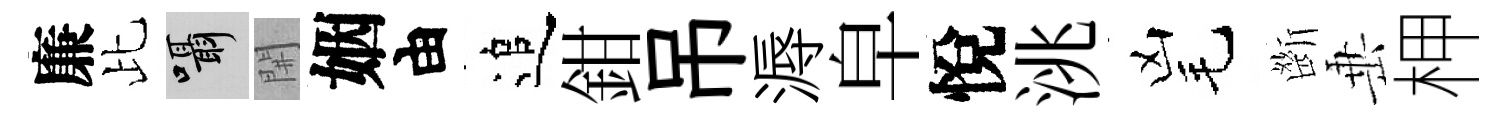
廉比囁𨳩姻由追鉗吊溽皁悅洮凶毛㫁𡸁柙